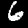
Label: 6